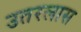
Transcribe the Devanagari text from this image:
उतरलास